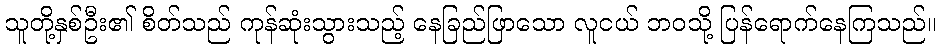
သူတို့နှစ်ဦး၏ စိတ်သည် ကုန်ဆုံးသွားသည့် နေခြည်ဖြာသော လူငယ် ဘဝသို့ ပြန်ရောက်နေကြသည်။